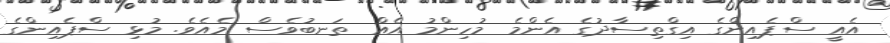
އެއީ ސްޕެއިންގެ އިގްތިސާދުގެ އެންމެ މުހިންމު އެއް ތަނބުވެސް މެއެވެ. މުޅި ސްޕެއިންގެ